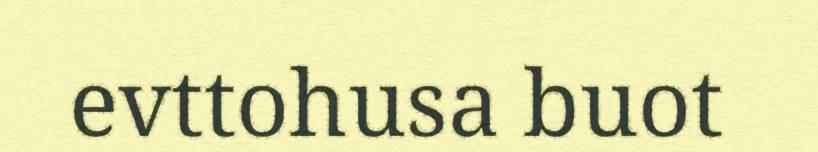
evttohusa buot